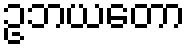
ဥဘယတော